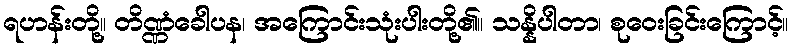
ရဟန်းတို့။ တိဏ္ဏံခေါပန၊ အကြောင်းသုံးပါးတို့၏။ သန္နိပါတာ၊ စုဝေးခြင်းကြောင့်။